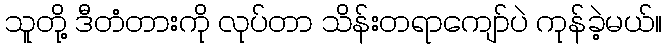
သူတို့ ဒီတံတားကို လုပ်တာ သိန်းတရာကျော်ပဲ ကုန်ခဲ့မယ်။